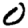
Digit: 0